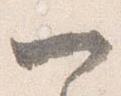
一